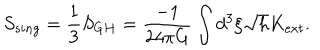
S _ { s i n g } = { \frac { 1 } { 3 } } S _ { G H } = { \frac { - 1 } { 2 4 \pi G } } \int d ^ { 3 } \xi \sqrt { h } K _ { e x t } .